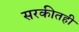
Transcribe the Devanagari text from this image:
सरकीतही